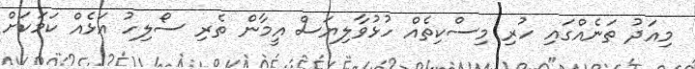
މިއަދު ތަނެއްގައި ހުރި މިސްކިތެއް ހުޅުވާލިޔަސް އީމާން ތެރި ސޯލިހު އަޅެއް ކަމަކަށް